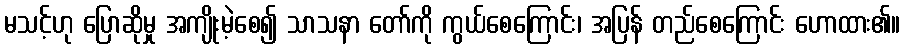
မသင့်ဟု ပြောဆိုမှု အကျိုးမဲ့စေ၍ သာသနာ တော်ကို ကွယ်စေကြောင်း၊ အပြန် တည်စေကြောင်း ဟောထား၏။